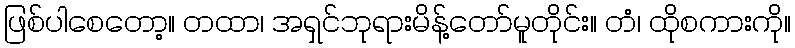
ဖြစ်ပါစေတော့။ တထာ၊ အရှင်ဘုရားမိန့်တော်မူတိုင်း။ တံ၊ ထိုစကားကို။